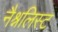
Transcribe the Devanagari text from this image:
नैश्नलिस्ट